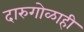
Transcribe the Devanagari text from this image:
दारुगोळाही